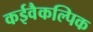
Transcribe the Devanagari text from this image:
कईवैकल्पिक